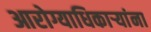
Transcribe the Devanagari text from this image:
आरोग्याधिकाऱ्यांना